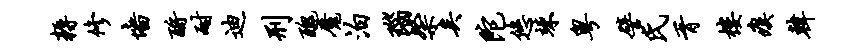
耨修墙酹耐迪刑丑魔泊瑙粲矣陀悠竦粤譬氏胥楼瘼韩